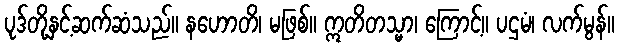
ပုဒ်တို့နှင့်ဆက်ဆံသည်။ နဟောတိ၊ မဖြစ်။ ဣတိတသ္မာ၊ ကြောင့်။ ပဌမံ၊ လက်မွန်။